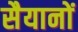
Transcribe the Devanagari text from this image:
सैयानों